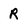
Character: R